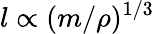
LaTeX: l\propto(m/\rho)^{1/3}